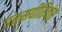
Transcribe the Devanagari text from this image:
इक्सपीरियंस